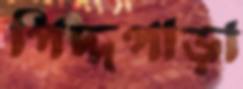
পিদ্দপাড়া